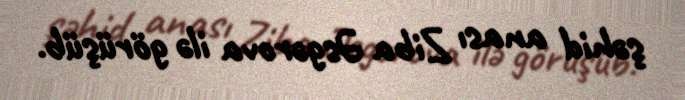
şəhid anası Ziba Əsgərova ilə görüşüb.